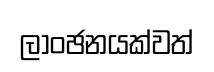
ලාංඡනයක්වත්